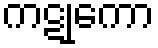
ကဋုကော